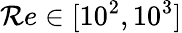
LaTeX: \mathcal{R}e\in[10^{2},10^{3}]